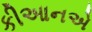
કીઆનએ